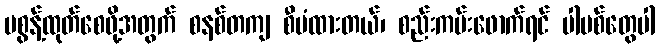
မစွန့်ထုတ်စေဖို့အတွက် စနစ်တကျ စီမံထားတယ်၊ စည်းကမ်းဖောက်ရင် ပါမစ်တွေပါ